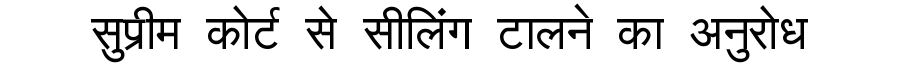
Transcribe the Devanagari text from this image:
सुप्रीम कोर्ट से सीलिंग टालने का अनुरोध